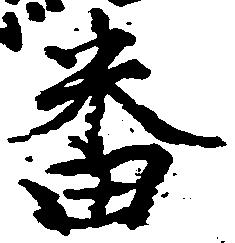
番